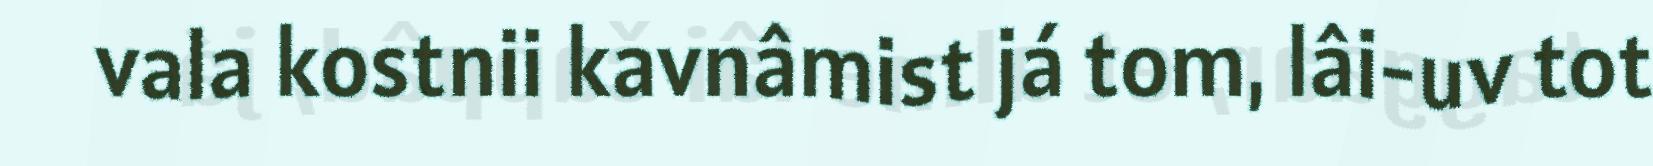
vala kostnii kavnâmist já tom, lâi-uv tot